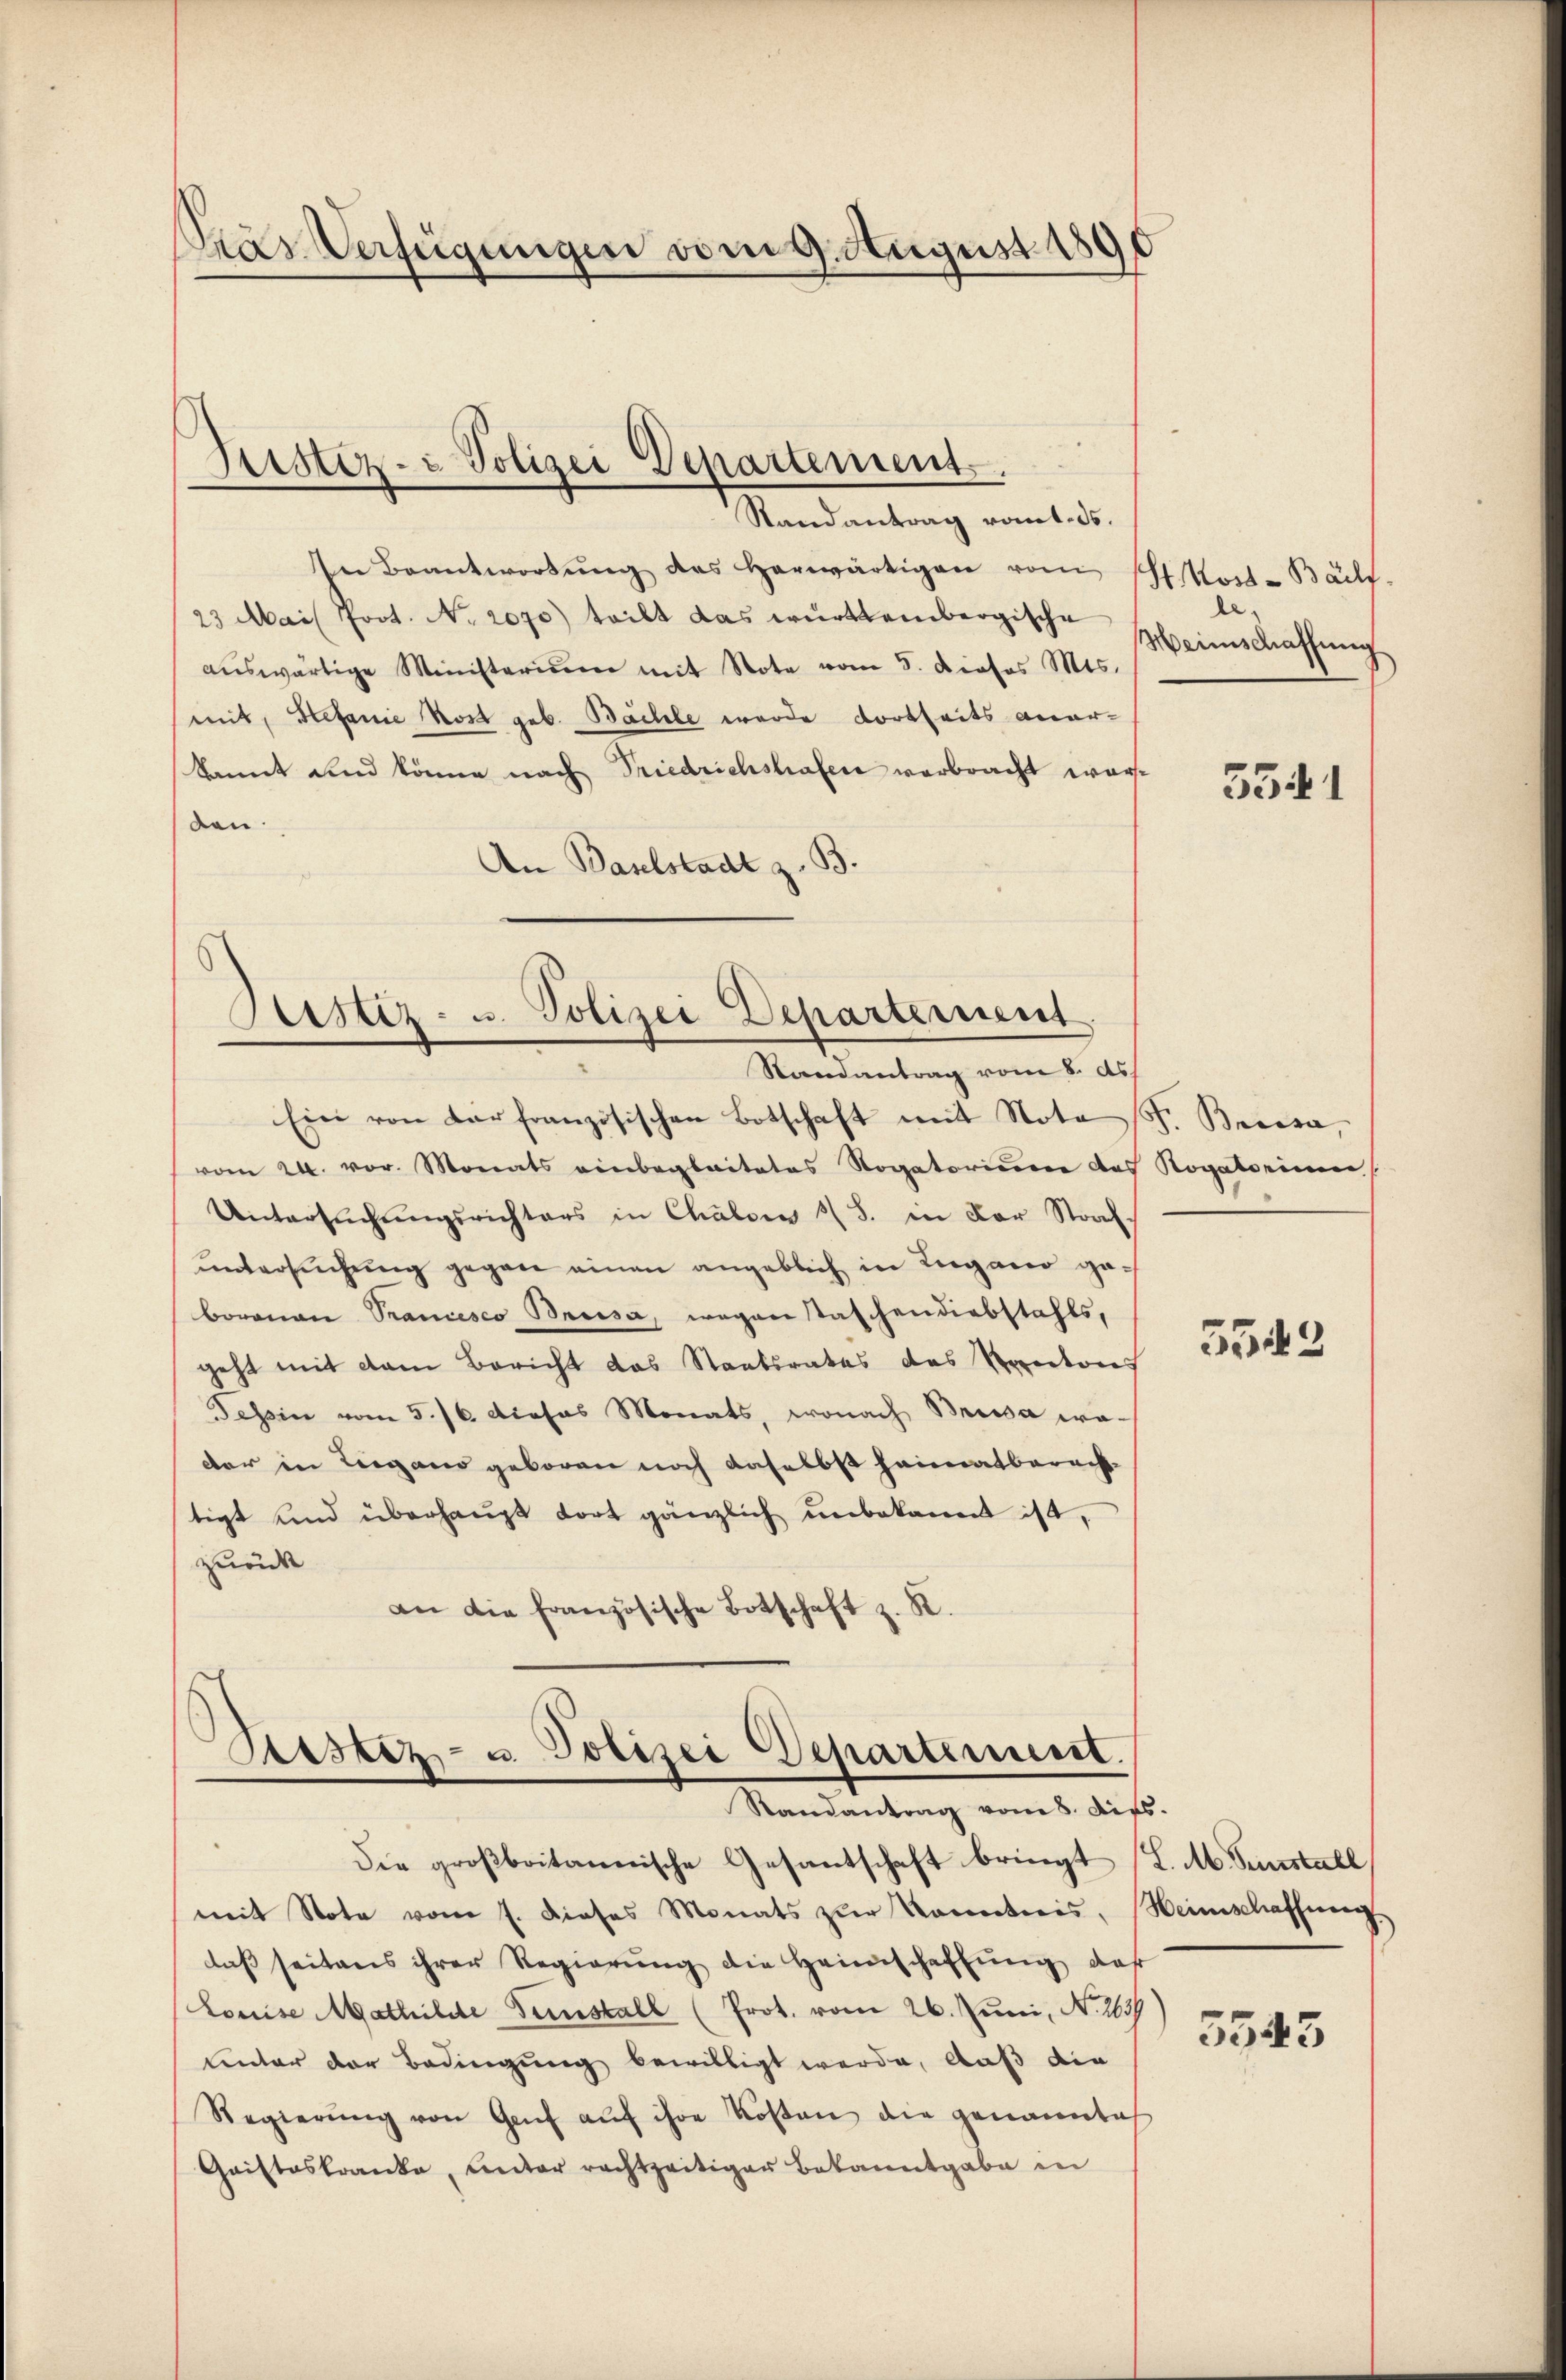
Kas Verfügungen vom 9. August 1890

Justiz- & Polizei Departement.
Randantrag romt.ds.

In Beantwortŭng des herwärtigen vom 11. Noct. Bailf
23 Mais fort. No. 2070) teilt das württembergische
aŭswärtige Ministerium mit Note vom 5. Dieses Mts.
mit, Stefanie Kost geb. Bächle wurde dortseits anerkannt und könne nach Friedrichstrafen verbracht worden.
An Baselstadt z. B.

Justiz- u. Polizei Departement
Randantrag vom 8. ds.

Ein von der französischen Botschaft mit Nota (S. Becosa,
vom 24. vor. Monats einbeglaitates Rogatorium des Rogatorium
Untersŭchŭngsrichters in Chalden 2 S. in der Storch
untersuchung gegen einen angeblich in Lugano geboronau Trancesco Brusa, wegen staschendiebstahls,
geht mit dem Bericht das Staatsrates des Rectores
Tessin vom 5./6. dieses Monats, wonach Beisa wedar in Liegens geboren noch daselbst Heimatberacht
tigt und überhaupt dort gänzlich unbekannt ist,
zurück
an die französische Botschaft z. R.

Sistiz- u. Polizei Departement.
Randantrag vom 8. dies.

e
Heinschaffung

Die großbritannische Gesantschaft bringt (L. M. Sunstall
mit Note vom 1. dieses Monats zŭr Kenntnis, Heimschaffung
daß seitens ihrer Regierŭng die Heimschaffŭng daß
Louise Mathilde Fenstall (Prot. vom 26. Juni, N. 263
unter der Bedingung bewilligt werde, aus die
Regierŭng von Genf aŭf ihre Kosten die genannte
Gristeskranke, Unter rechtzeitiger Bekanntgabe in

3341

5543

5543